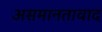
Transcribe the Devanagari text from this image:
असमानतावाद